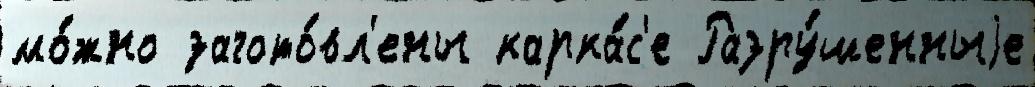
мо́жно загото́вл'ены карка́с'е Разру́шенныjе